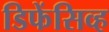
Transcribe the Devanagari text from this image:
डिफेंसिव्ह